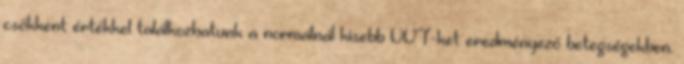
csökkent értékkel találkozhatunk a normálnál kisebb VVT-ket eredményező betegségekben.